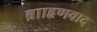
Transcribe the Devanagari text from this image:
ब्रााहृणवाद